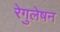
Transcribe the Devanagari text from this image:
रेगुलेषन